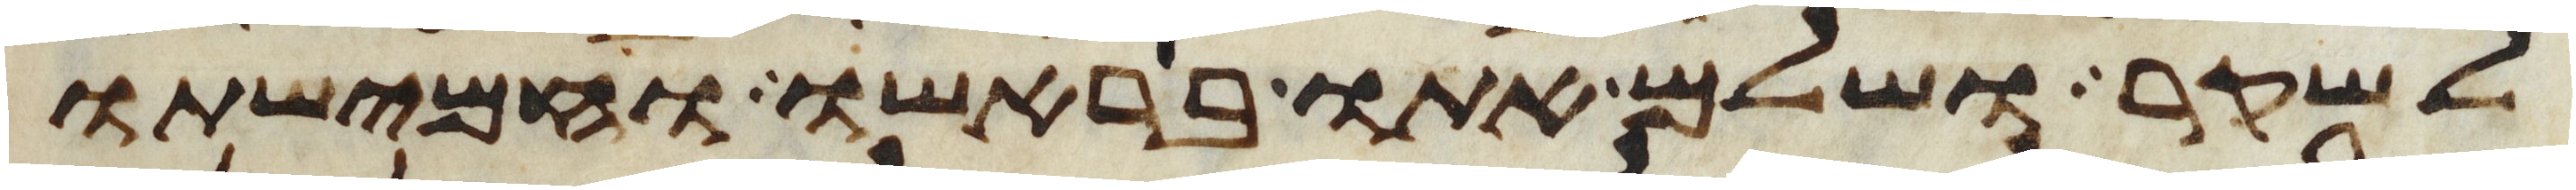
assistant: לשקר ושלם אתו בראשו וחמישתו